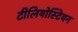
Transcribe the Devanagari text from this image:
टीलियोस्टियन